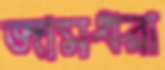
জামধরা